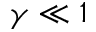
\gamma \ll 1